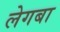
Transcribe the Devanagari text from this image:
लेगबा